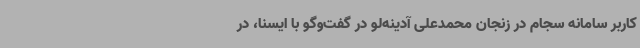
کاربر سامانه سجام در زنجان محمدعلی آدینه‌لو در گفت‌وگو با ایسنا، در